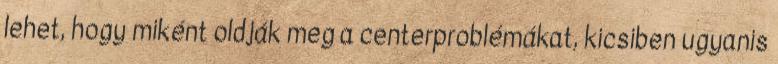
lehet, hogy miként oldják meg a centerproblémákat, kicsiben ugyanis